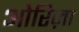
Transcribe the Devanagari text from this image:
ओरिज़ा